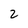
Character: 2